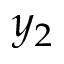
y _ { 2 }